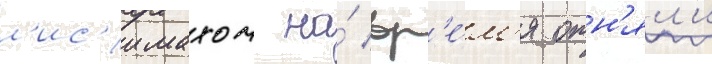
л'ис'имахом на́ вр'е́м'я отн'ял'и